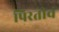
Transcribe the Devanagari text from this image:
पिरतीचं